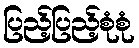
ပြည့်ပြည့်စုံစုံ